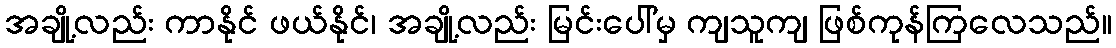
အချို့လည်း ကာနိုင် ဖယ်နိုင်၊ အချို့လည်း မြင်းပေါ်မှ ကျသူကျ ဖြစ်ကုန်ကြလေသည်။